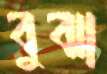
বুঝা